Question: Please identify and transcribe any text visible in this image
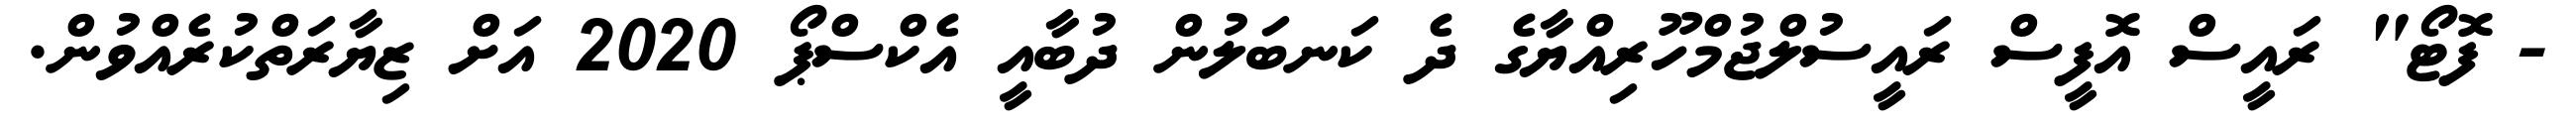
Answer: - ފޮޓޯ" ރައީސް އޮފީސް ރައީސުލްޖުމްހޫރިއްޔާގެ ދެ ކަނބަލުން ދުބާއީ އެކްސްޕޯ 2020 އަށް ޒިޔާރަތްކުރެއްވުން.